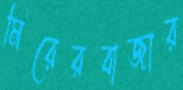
মিরেরবাজার